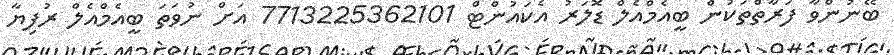
ބޭނުންވާ ފަރާތްތަކުން ބީއެމްއެލް ޑޮލަރު އެކައުންޓް 7713225362101 އަށް ނުވަތަ ބީއެމްއެލް ރުފިޔާ